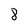
Character: 8